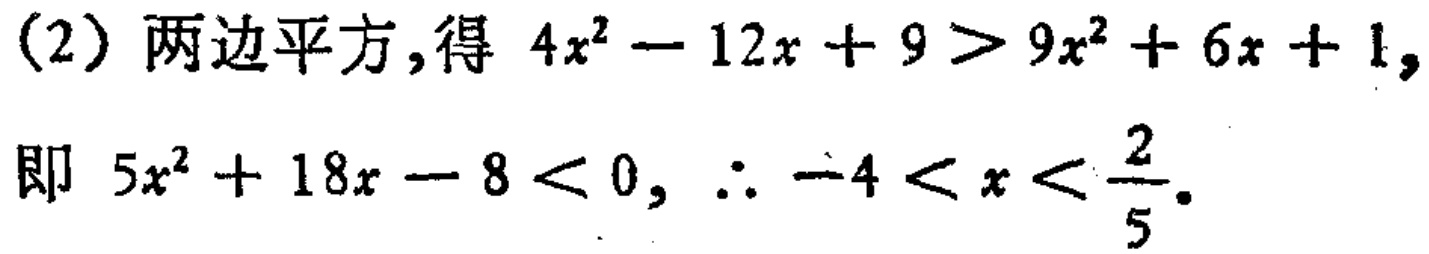
(2) 两边平方,得 \(4x^{2}-12x + 9>9x^{2}+6x + 1\),
即 \(5x^{2}+18x - 8<0,\therefore - 4<x<\frac{2}{5}\).